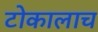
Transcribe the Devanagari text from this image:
टोकालाच